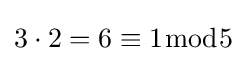
3\cdot 2=6\equiv 1{\bmod {5}}